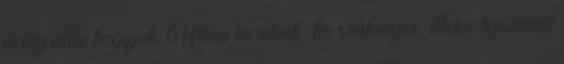
óráig állni hagyjuk. Utána ízesítünk, ha szükséges, illetve tejszínnel